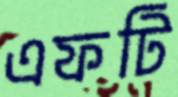
এফটি